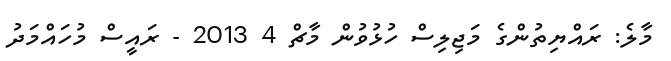
މާލެ: ރައްޔިތުންގެ މަޖިލިސް ހުޅުވުން މާޗް 4 2013 - ރައީސް މުހައްމަދު